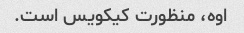
اوه، منظورت کیکویس است.